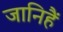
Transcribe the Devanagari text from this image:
जानिहैं